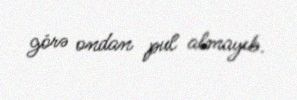
görə ondan pul almayıb.